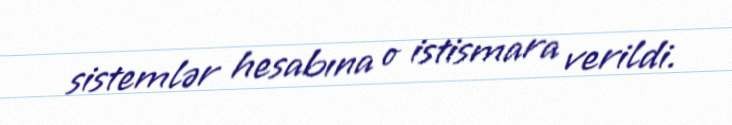
sistemlər hesabına o istismara verildi.